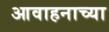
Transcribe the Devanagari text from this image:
आवाहनाच्या